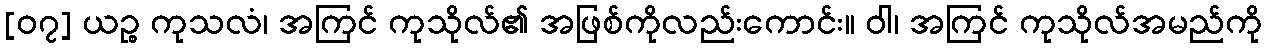
[၀၇] ယဉ္စ ကုသလံ၊ အကြင် ကုသိုလ်၏ အဖြစ်ကိုလည်းကောင်း။ ဝါ၊ အကြင် ကုသိုလ်အမည်ကို